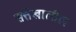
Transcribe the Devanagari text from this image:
सत्तेखालील